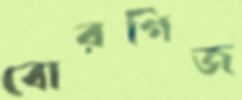
বোরগিজ